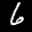
Label: 6